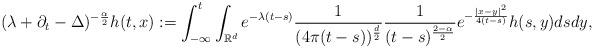
LaTeX: \begin{align*}(\lambda+\partial_t-\Delta)^{-\frac{\alpha}{2}}h(t,x):=\int_{-\infty}^t\int_{\mathbb R^d} e^{-\lambda(t-s)}\frac{1}{(4\pi (t-s))^{\frac{d}{2}}}\frac{1}{(t-s)^{\frac{2-\alpha}{2}}}e^{-\frac{|x-y|^2}{4(t-s)}}h(s,y)dsdy,\end{align*}